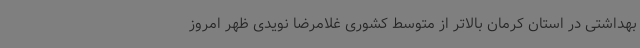
بهداشتی در استان کرمان بالاتر از متوسط کشوری غلامرضا نویدی ظهر امروز